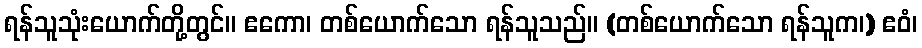
ရန်သူသုံးယောက်တို့တွင်။ ဧကော၊ တစ်ယောက်သော ရန်သူသည်။ (တစ်ယောက်သော ရန်သူက၊) ဧဝံ၊